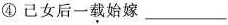
④己女后一载始嫁___